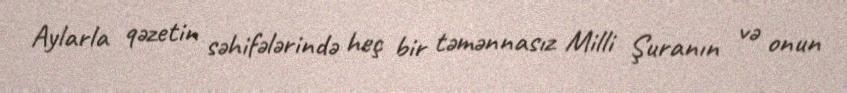
Aylarla qəzetin səhifələrində heç bir təmənnasız Milli Şuranın və onun